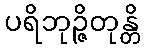
ပရိဘုဉ္ဇိတုန္တိ